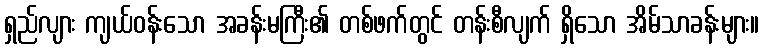
ရှည်လျား ကျယ်ဝန်းသော အခန်းမကြီး၏ တစ်ဖက်တွင် တန်းစီလျက် ရှိသော အိမ်သာခန်းများ။